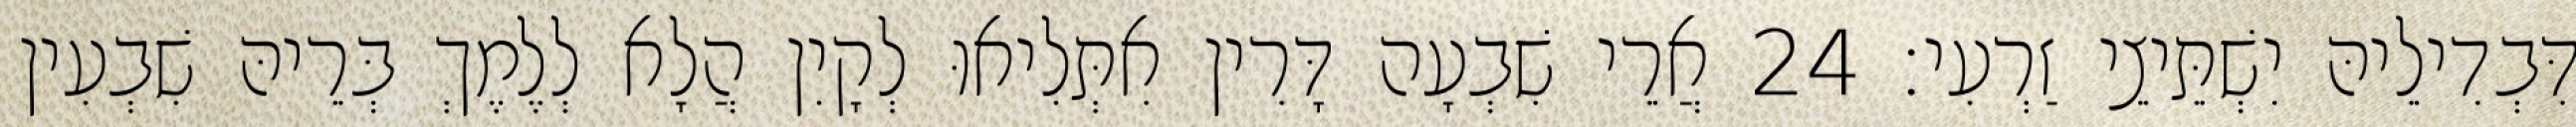
דִּבְדִילֵיהּ יִשְׁתֵּיצֵי זַרְעִי׃ 24 אֲרֵי שִׁבְעָה דָּרִין אִתְּלִיאוּ לְקָיִן הֲלָא לְלֶמֶךְ בְּרֵיהּ שִׁבְעִין